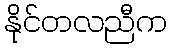
နိုင်တလညီက